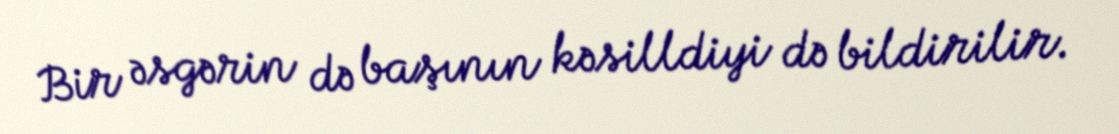
Bir əsgərin də başının kəsilldiyi də bildirilir.